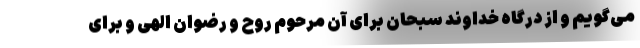
می‌گویم و از درگاه خداوند سبحان برای آن مرحوم روح و رضوان الهی و برای